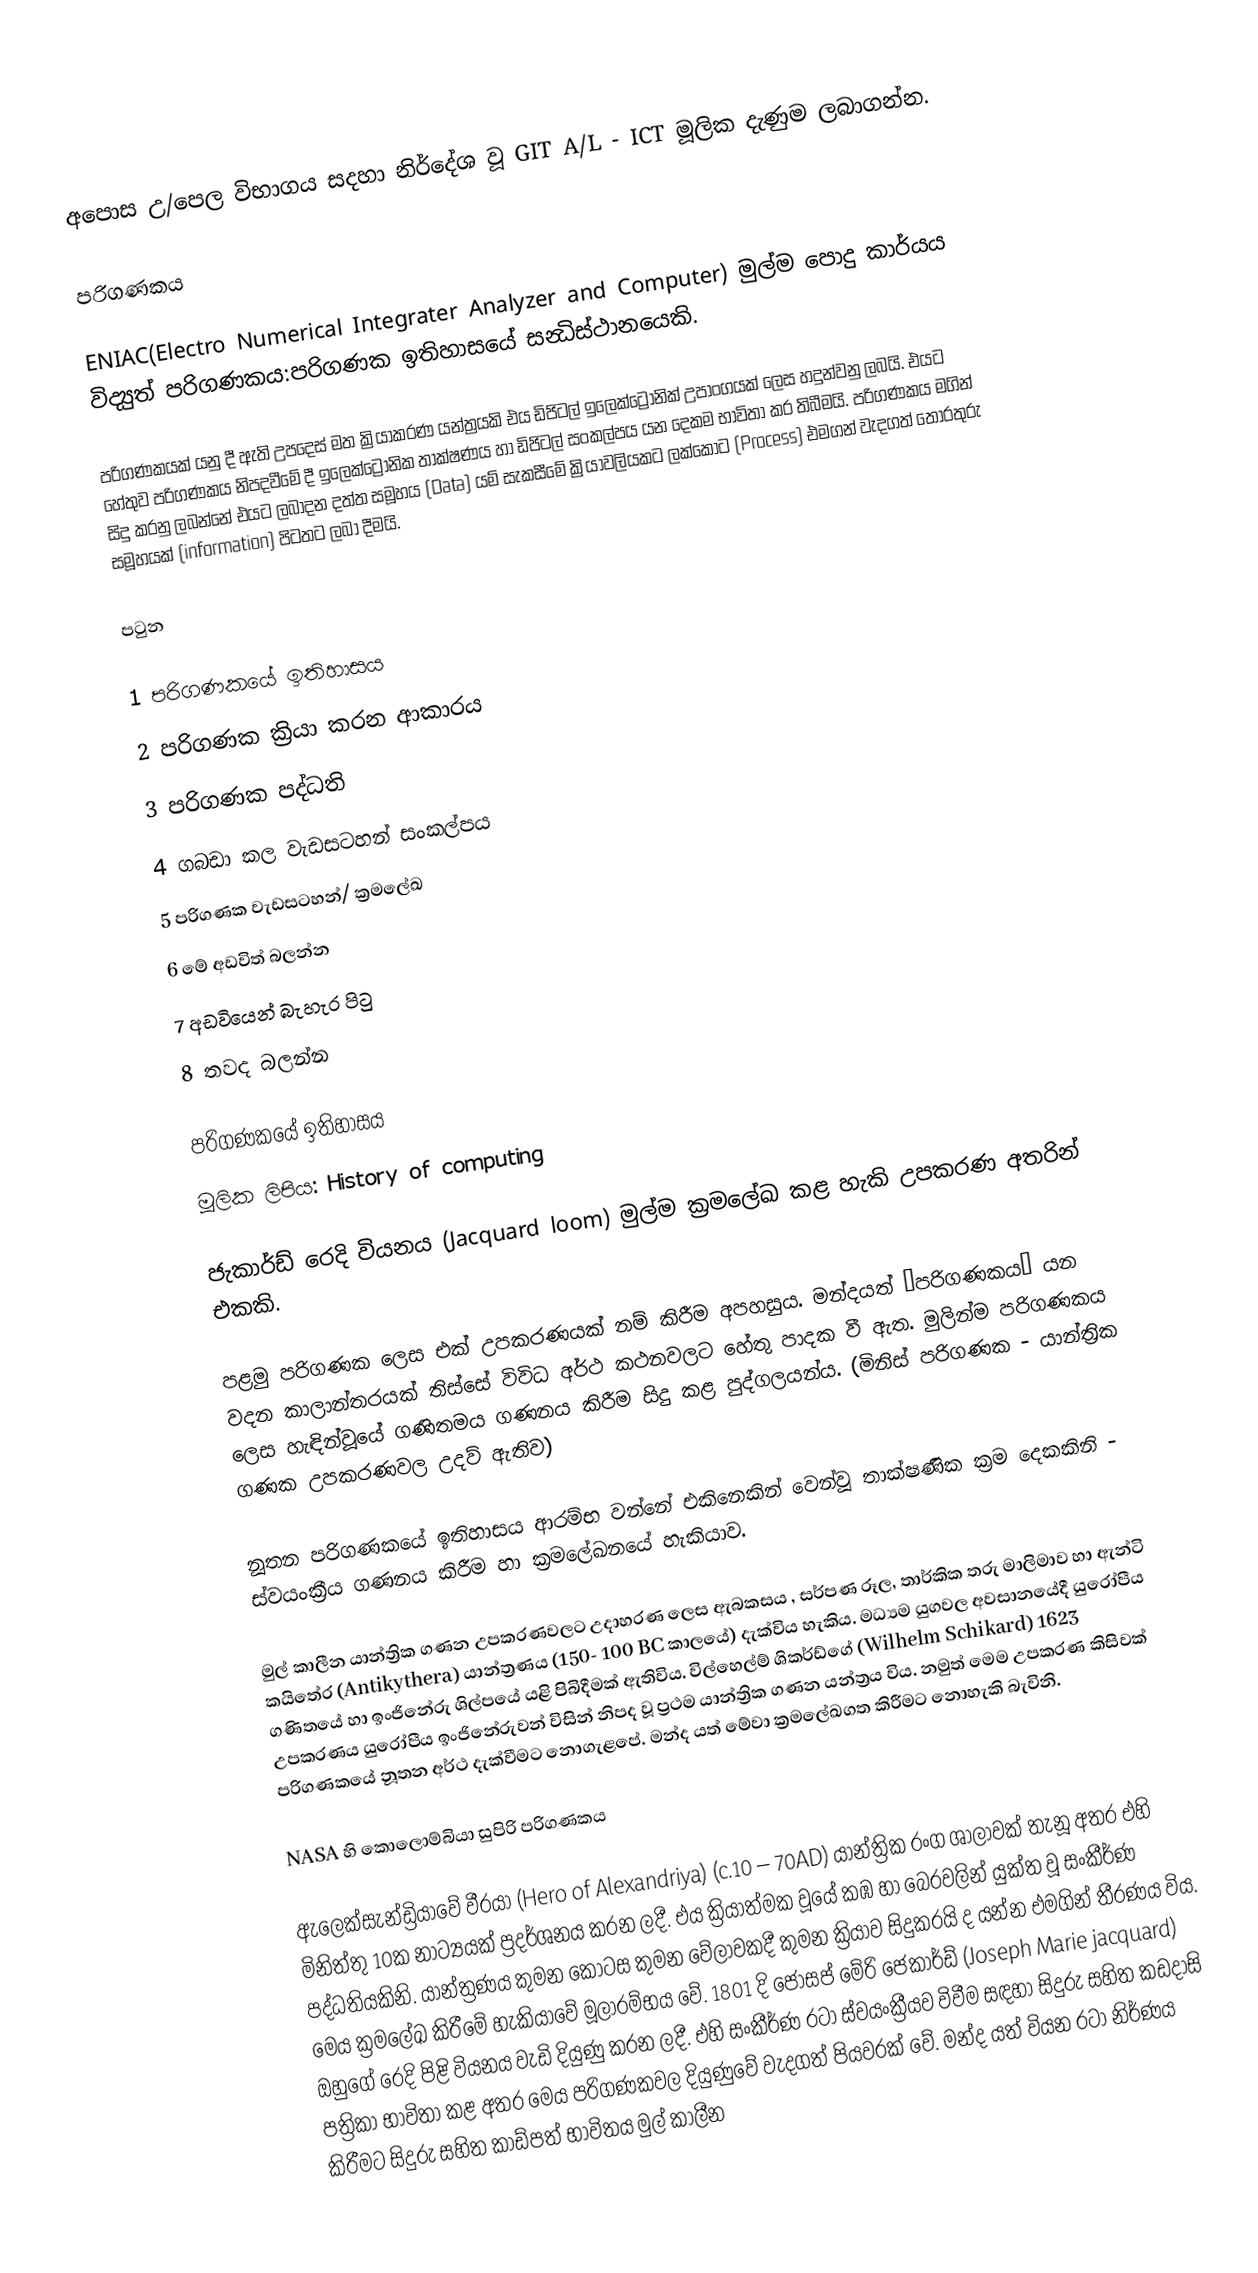

අපොස උ/පෙල විභාගය සදහා නිර්දේශ වූ GIT  A/L - ICT මූලික දැණුම ලබාගන්න.

පරිගණකය

ENIAC(Electro Numerical Integrater Analyzer and Computer) මුල්ම පොදු කාර්යය විද්‍යුත් පරිගණකය:පරිගණක ඉතිහාසයේ සන්‍ධිස්ථානයෙකි.

පරිගණකයක් යනු දී ඇති උපදෙස් මත ක්‍රියාකරණ යන්ත්‍රයකි  එය ඩිජිටල් ඉලෙක්ට්‍රොනික් උපාංගයක් ලෙස හදුන්වනු ලබයි‍. එයට හේතුව පරිගණකය නිපදවීමේ දී ඉලෙක්ට්‍රෝනික තාක්ෂණය හා ඩිජිටල් සංකල්පය යන දෙකම භාවිතා කර තිබීමයි. පරිගණකය මගින් සිදු කරනු ලබන්නේ එයට ලබාදන දත්ත සමූහය (Data) යම් සැකසීමේ ක්‍රියාවලියකට ලක්කොට (Process) එමගන් වැදගත් තොරතුරු සමූහයක් (information) පිටතට ලබා දීමයි.

පටුන

 1 පරිගණකයේ ඉතිහාසය
 2 පරිගණක ක්‍රියා කරන ආකාරය
 3 පරිගණක පද්ධති
 4 ගබඩා කල වැඩසටහන් සංකල්පය
 5 පරිගණක වැඩසටහන්/ ක්‍රමලේඛ
 6 මේ අඩවිත් බලන්න
 7 අඩවියෙන් බැහැර පිටු
 8 තවද බලන්න

පරිගණකයේ ඉතිහාසය
මූලික ලිපිය: History of computing

ජැකාර්ඩ්  රෙදි වියනය (Jacquard loom) මුල්ම ක්‍රමලේඛ කළ හැකි උපකරණ අතරින් එකකි.

පළමු පරිගණක ලෙස එක් උපකරණයක් නම් කිරීම අපහසුය. මන්දයත් ‘පරිගණකය’ යන වදන කාලාන්තරයක් තිස්සේ විවිධ අර්ථ කථනවලට හේතු පාදක වී ඇත. මුලින්ම පරිගණකය ලෙස හැඳින්වූයේ ගණිතමය ගණනය කිරීම සිදු කළ පුද්ගලයන්ය. (මිනිස් පරිගණක - යාන්ත්‍රික ගණක උපකරණවල උදව් ඇතිව)

නූතන පරිගණකයේ ඉතිහාසය ආරම්භ වන්නේ එකිනෙකින් වෙන්වූ තාක්ෂණික ක්‍රම දෙකකිනි - ස්වයංක්‍රීය ගණනය කිරීම හා ක්‍රමලේඛනයේ හැකියාව.

මුල් කාලීන  යාන්ත්‍රික ගණන උපකරණවලට උදාහරණ ලෙස ඇබකසය , සර්පණ රූල, තාර්කික තරු මාලිමාව හා ඇන්ටි කයිතේර (Antikythera) යාන්ත්‍රණය (150- 100 BC කාලයේ) දැක්විය හැකිය. මධ්‍යම යුගවල අවසානයේදී යුරෝපීය ගණිතයේ හා ඉංජිනේරු ශිල්පයේ යළි පිබිදීමක් ඇතිවිය. විල්හෙල්ම් ශිකර්ඩ්ගේ (Wilhelm Schikard) 1623 උපකරණය යුරෝපීය ඉංජිනේරුවන් විසින් නිපද වූ ප්‍රථම යාන්ත්‍රික ගණන යන්ත්‍රය විය. නමුත් මෙම උපකරණ කිසිවක් පරිගණකයේ නූතන අර්ථ දැක්වීමට නොගැළපේ. මන්ද යත් මේවා ක්‍රමලේඛගත කිරීමට නොහැකි බැවිනි.

NASA  හි කොලොම්බියා සුපිරි පරිගණකය

ඇලෙක්සැන්ඩ්‍රියාවේ වීරයා (Hero of Alexandriya) (c.10 – 70AD) යාන්ත්‍රික රංග ශාලාවක් තැනූ අතර එහි මිනිත්තු 10ක නාට්‍යයක් ප්‍රදර්ශනය කරන ලදී. එය ක්‍රියාත්මක වූයේ කඹ හා බෙරවලින් යුක්ත වූ සංකීර්ණ පද්ධතියකිනි. යාන්ත්‍රණය කුමන කොටස කුමන වේලාවකදී කුමන ක්‍රියාව සිදුකරයි ද යන්න එමගින් තීරණය  විය. මෙය ක්‍රමලේඛ කිරීමේ හැකියාවේ මූලාරම්භය වේ. 1801 දි ජෝසප් මේරි ජෙකාර්ඩ් (Joseph Marie jacquard) ඔහුගේ රෙදි පිළි වියනය වැඩි දියුණු කරන ලදී. එහි සංකීර්ණ රටා ස්වයංක්‍රීයව විවීම සඳහා සිදුරු සහිත කඩදාසි පත්‍රිකා භාවිතා කළ අතර මෙය පරිගණකවල දියුණුවේ වැදගත් පියවරක් වේ. මන්ද යත් වියන රටා නිර්ණය කිරීමට සිදුරු සහිත කාඩ්පත් භාවිතය මුල් කාලීන